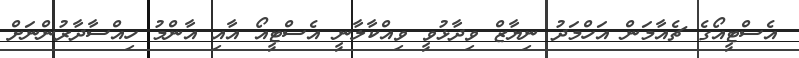
އެސްޓީއޯގެ ޗެއާމަން އަހްމަދު ނިޔާޒް ވިދާޅުވީ ވިއްކާލާނީ އެސްޓީއޯ އާއި އާންމު ހިއްސާދާރުންނަށް